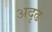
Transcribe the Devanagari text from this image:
अदृढ